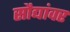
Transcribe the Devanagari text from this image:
सौद्यांवर